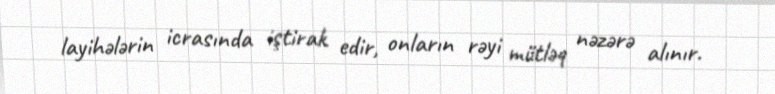
layihələrin icrasında iştirak edir, onların rəyi mütləq nəzərə alınır.